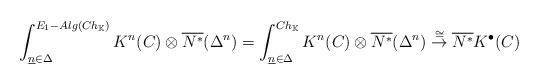
LaTeX: \begin{align*}\int_{\underline{n}\in\Delta}^{E_1-Alg(Ch_{\mathbb{K}})}K^n(C)\otimes \overline{N^*}(\Delta^n)=\int_{\underline{n}\in\Delta}^{Ch_{\mathbb{K}}}K^n(C)\otimes \overline{N^*}(\Delta^n)\stackrel{\cong}{\rightarrow} \overline{N^*}K^{\bullet}(C)\end{align*}